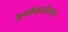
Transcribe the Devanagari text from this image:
अगोकामेश्वर